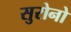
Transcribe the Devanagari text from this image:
सुरोनो